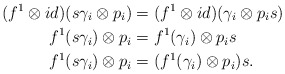
\begin{align*}(f^1\otimes id) (s\gamma_i \otimes p_i) &= (f^1\otimes id) (\gamma_i \otimes p_i s)\\f^1(s\gamma_i) \otimes p_i &= f^1(\gamma_i) \otimes p_i s\\f^1(s\gamma_i) \otimes p_i &= (f^1(\gamma_i) \otimes p_i) s.\\\end{align*}